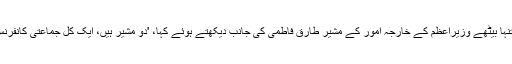
انھوں نے گیلری کے ایک کونے میں تنہا بیٹھے وزیراعظم کے خارجہ امور کے مشیر طارق فاطمی کی جانب دیکھتے ہوئے کہا، 'دو مشیر ہیں، ایک کل جماعتی کانفرنس میں تھا اور ایک آج بیٹھے ہوں گے۔